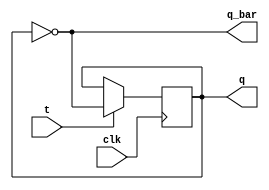
`timescale 1ns / 1ps
module t_ff(t,clk,q,q_bar);
input wire t,clk;
output reg q;
output wire q_bar;
initial begin
q=1'b0;
end 
always@(posedge clk) begin
if(!t)
 q<=q;
else
 q<=~q;
end
assign q_bar=~q;
endmodule